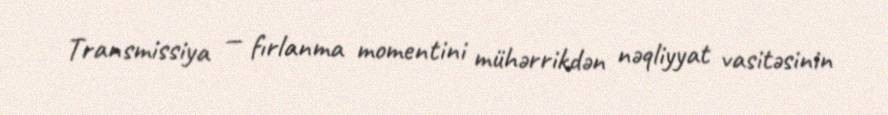
Transmissiya — fırlanma momentini mühərrikdən nəqliyyat vasitəsinin